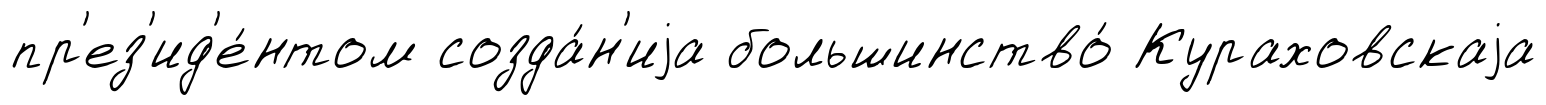
пр'ез'ид'е́нтом созда́н'иjа большинство́ Кураховскаjа